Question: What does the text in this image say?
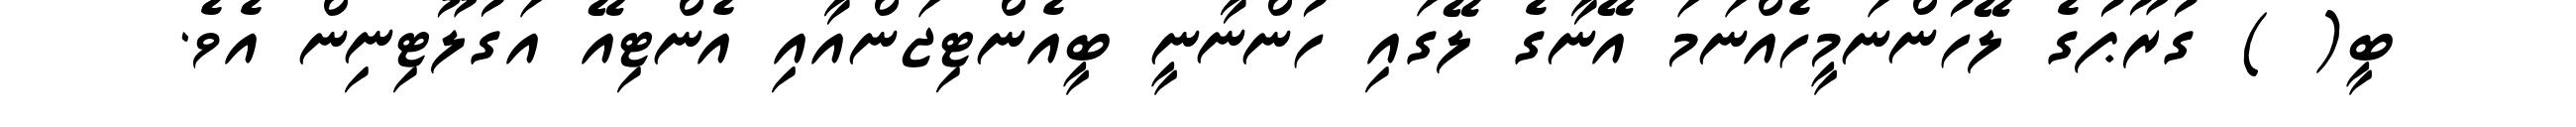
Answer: ބީ( ) ގުރޫޕުގެ ލޭހުންނަމީހެއްނަމަ އޭނާގެ ލޭގައި ހުންނާނީ ބީއެންޓިޖަންއާއި އެންޓިއޭ އަގުލޫޓިނިން އެވެ.